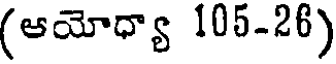
(ఆయోధ్యా 105-26)